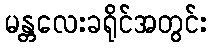
မန္တလေးခရိုင်အတွင်း